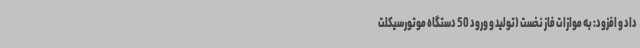
داد و افزود: به موازات فاز نخست (تولید و ورود 50 دستگاه موتورسیکلت